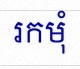
រកមុំ